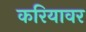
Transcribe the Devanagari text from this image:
करियावर